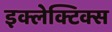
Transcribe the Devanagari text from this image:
इक्लेक्टिक्स